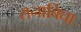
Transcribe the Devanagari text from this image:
रानाबिघा